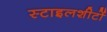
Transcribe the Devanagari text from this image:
स्टाइलशीटों